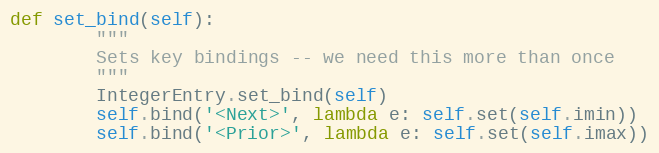
Language: Python
def set_bind(self):
        """
        Sets key bindings -- we need this more than once
        """
        IntegerEntry.set_bind(self)
        self.bind('<Next>', lambda e: self.set(self.imin))
        self.bind('<Prior>', lambda e: self.set(self.imax))